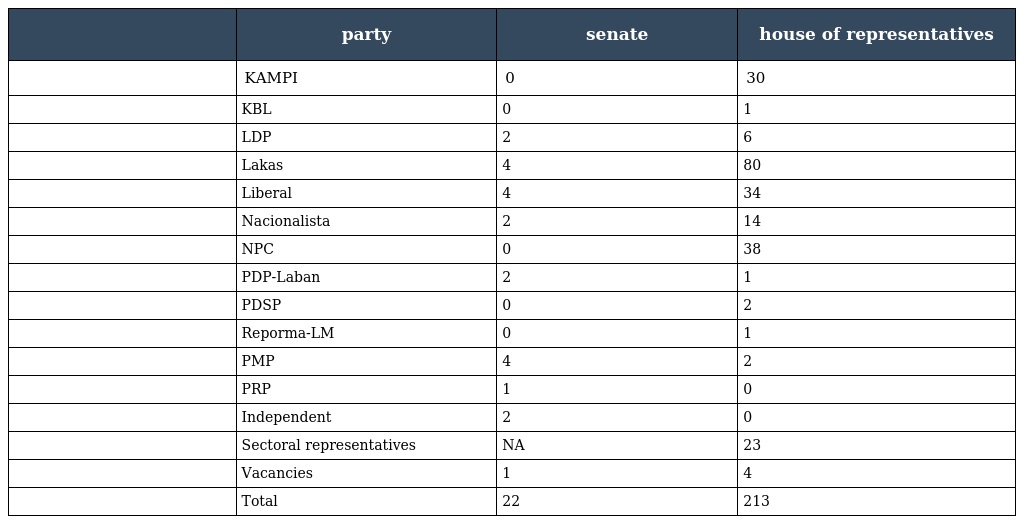
|  | party | senate | house of representatives |
 | --- | --- | --- | --- |
 |  | KAMPI | 0 | 30 |
 |  | KBL | 0 | 1 |
 |  | LDP | 2 | 6 |
 |  | Lakas | 4 | 80 |
 |  | Liberal | 4 | 34 |
 |  | Nacionalista | 2 | 14 |
 |  | NPC | 0 | 38 |
 |  | PDP-Laban | 2 | 1 |
 |  | PDSP | 0 | 2 |
 |  | Reporma-LM | 0 | 1 |
 |  | PMP | 4 | 2 |
 |  | PRP | 1 | 0 |
 |  | Independent | 2 | 0 |
 |  | Sectoral representatives | NA | 23 |
 |  | Vacancies | 1 | 4 |
 |  | Total | 22 | 213 |